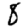
Digit: 8